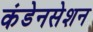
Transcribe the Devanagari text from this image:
कंडेनसेशन